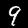
Label: 9